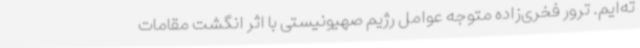
ته‌ایم. ترور فخری‌زاده متوجه عوامل رژیم صهیونیستی با اثر انگشت مقامات